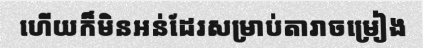
ហើយក៏មិនអន់ដែរសម្រាប់តារាចម្រៀង